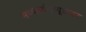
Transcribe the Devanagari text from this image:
मज्जातंतूव्यूहावर